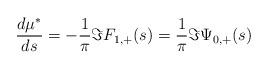
LaTeX: \begin{align*} \frac{d\mu^*}{ds} = - \frac{1}{\pi} \Im F_{1,+}(s)= \frac{1}{\pi} \Im \Psi_{0,+}(s) \end{align*}